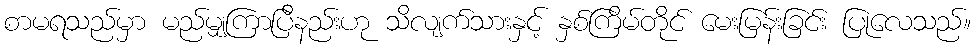
စာမရသည်မှာ မည်မျှကြာပြီနည်းဟု သိလျက်သားနှင့် နှစ်ကြိမ်တိုင် မေးမြန်းခြင်း ပြုလေသည်။